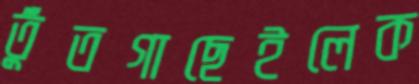
তুঁতগাছেইলেক